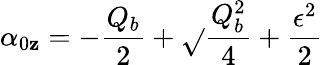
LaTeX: \alpha_{0\mathbf{z}}=-\frac{{Q_{b}}}{{2}}+\sqrt{}{{\frac{{Q_{b}^{2}}}{{4}}+\frac{{\epsilon^{2}}}{{2}}}}